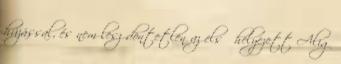
húzással, és nem lesz döntetlen az első helyezett Alig